Vaccination in the Punjab 1905-1918 - 1905-1918
Year: 1905
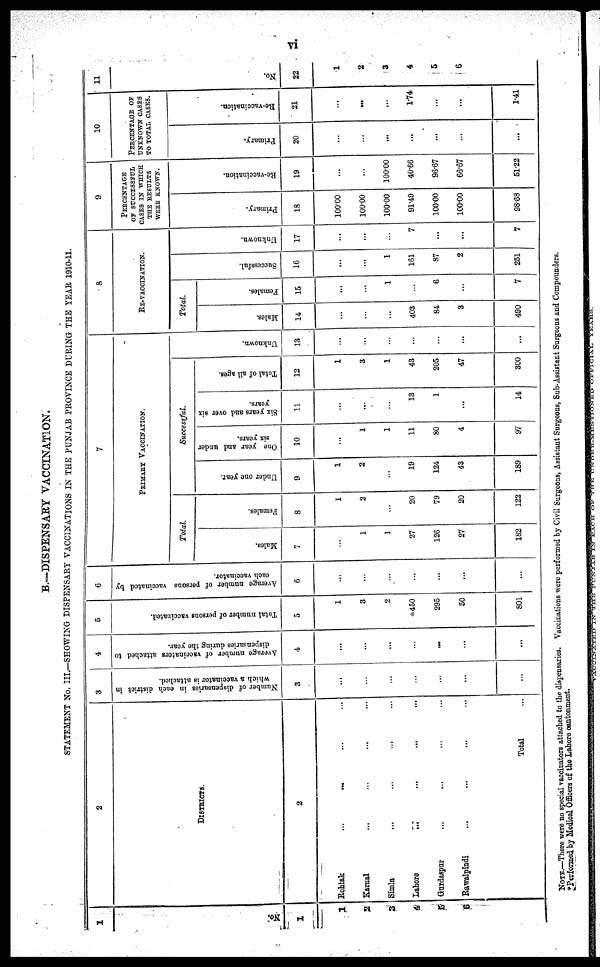
vi
B.—DISPENSARY VACCINATION.
STATEMENT No. III.—SHOWING DISPENSARY VACCINATIONS IN THE PUNJAB PROVINCE DURING THE YEAR 1910-11.
1
No.
1
1
2
3
4
5
6
2
DISTRICTS.
2
Rohtak
...
...
...
...
Karnal ... ... ... ...
Simla
... ... ... ...
Lahore ... ... ... ...
Gurdaspur ... ... ... ...
Rawalpindi ... ... ... ...
Total ...
3
Number of dispensaries in each district in
which a vaccinator is attached.
3
...
...
...
...
...
...
...
4
Average number of vaccinators attached to
dispensaries during the year.
4
...
...
...
...
...
...
5
Total number of persons vaccinated.
5
1
3
2
*450
295
50
801
6
Average number of persons vaccinated by
each vaccinator.
6
...
...
...
...
...
...
...
7
PRIMARY VACCINATION.
Total.
Males.
7
...
1
1
27
126
27
182
Females.
8
1
2
...
20
79
20
122
Successful.
Under one year.
9
1
2
...
19
124
43
189
One year and under
six years.
10
...
1
1
11
80
4
97
Six years and over six
years.
11
...
...
...
13
1
...
14
Total of all ages.
12
1
3
1
43
205
47
300
Un k n o wn .
13
...
...
...
...
...
...
...
8
RE-VACCINATION.
Total.
Males.
14
...
...
...
403
84
3
490
Females.
15
...
...
1
...
6
...
7
Successful.
16
...
...
1
161
87
2
251
Unknown.
17
...
...
...
7
...
...
7
9
PERCENTAGE
OF SUCCESSFUL
CASES IN WHICH
THE RESULTS
WERE KNOWN.
Primary.
18
100.00
100.00
100.00
91.49
100.00
100.00
98.68
Re-vaccination.
19
...
...
100.00
40.66
96.67
66.67
51.22
10
PERCENTAGE OF
UNKNOWN CASES
TO TOTAL CASES.
Primary.
20
...
...
...
...
...
...
...
Re-vaccination.
21
...
...
...
1.74
...
...
1.41
11
No.
22
1
2
3
4
5
6
NOTE.—There were no special vaccinators attached to the dispensaries. Vaccinations were performed by Civil Surgeons, Assistant Surgeons, Sub-Assistant Surgeons and Compounders.
* Performed, by Medical Officers of the Lahore cantonment.